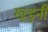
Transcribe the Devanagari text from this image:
खुडुनी